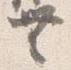
無